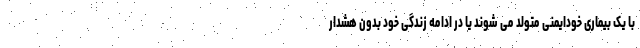
با یک بیماری خودایمنی متولد می شوند یا در ادامه زندگی خود بدون هشدار